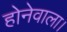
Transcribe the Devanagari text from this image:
होनेवाला।